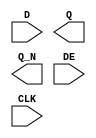
/**
 * Copyright 2020 The SkyWater PDK Authors
 *
 * Licensed under the Apache License, Version 2.0 (the "License");
 * you may not use this file except in compliance with the License.
 * You may obtain a copy of the License at
 *
 *     https://www.apache.org/licenses/LICENSE-2.0
 *
 * Unless required by applicable law or agreed to in writing, software
 * distributed under the License is distributed on an "AS IS" BASIS,
 * WITHOUT WARRANTIES OR CONDITIONS OF ANY KIND, either express or implied.
 * See the License for the specific language governing permissions and
 * limitations under the License.
 *
 * SPDX-License-Identifier: Apache-2.0
 */

`ifndef SKY130_FD_SC_LS__EDFXBP_SYMBOL_V
`define SKY130_FD_SC_LS__EDFXBP_SYMBOL_V

/**
 * edfxbp: Delay flop with loopback enable, non-inverted clock,
 *         complementary outputs.
 *
 * Verilog stub (without power pins) for graphical symbol definition
 * generation.
 *
 * WARNING: This file is autogenerated, do not modify directly!
 */

`timescale 1ns / 1ps
`default_nettype none

(* blackbox *)
module sky130_fd_sc_ls__edfxbp (
    //# {{data|Data Signals}}
    input  D  ,
    output Q  ,
    output Q_N,

    //# {{control|Control Signals}}
    input  DE ,

    //# {{clocks|Clocking}}
    input  CLK
);

    // Voltage supply signals
    supply1 VPWR;
    supply0 VGND;
    supply1 VPB ;
    supply0 VNB ;

endmodule

`default_nettype wire
`endif  // SKY130_FD_SC_LS__EDFXBP_SYMBOL_V